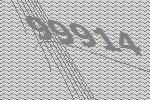
99914